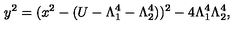
y ^ { 2 } = ( x ^ { 2 } - ( U - \Lambda _ { 1 } ^ { 4 } - \Lambda _ { 2 } ^ { 4 } ) ) ^ { 2 } - 4 \Lambda _ { 1 } ^ { 4 } \Lambda _ { 2 } ^ { 4 } ,